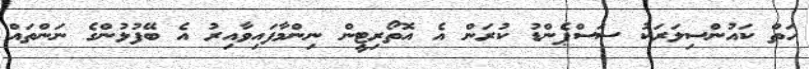
ހަތް ކައުންސިލަރަކު ސަސްޕެންޑު ކުރަން އެ އޮތޯރިޓީން ނިންމާފައިވާއިރު އެ ބޭފުޅުންގެ ނަންތައް